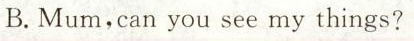
B.Mum,can you see my things?